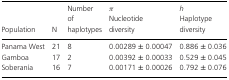
| Population | N | Number of Haplotype | π Nucleotide diversity | h haplotypes diversity |
 | --- | --- | --- | --- | --- |
 | Panama West | 21 | 8 | 0.00289 ± 0.00047 | 0.886 ± 0.036 |
 | Gamboa | 17 | 2 | 0.00392 ± 0.00033 | 0.529 ± 0.045 |
 | Soberanía | 16 | 7 | 0.00171 ± 0.00026 | 0.792 ± 0.076 |